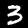
Digit: 3